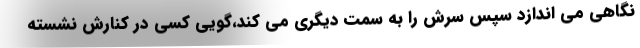
نگاهی می اندازد سپس سرش را به سمت دیگری می کند،گویی کسی در کنارش نشسته